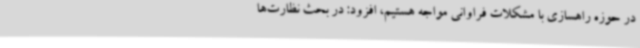
در حوزه راهسازی با مشکلات فراوانی مواجه هستیم، افزود: در بحث نظارت‌ها